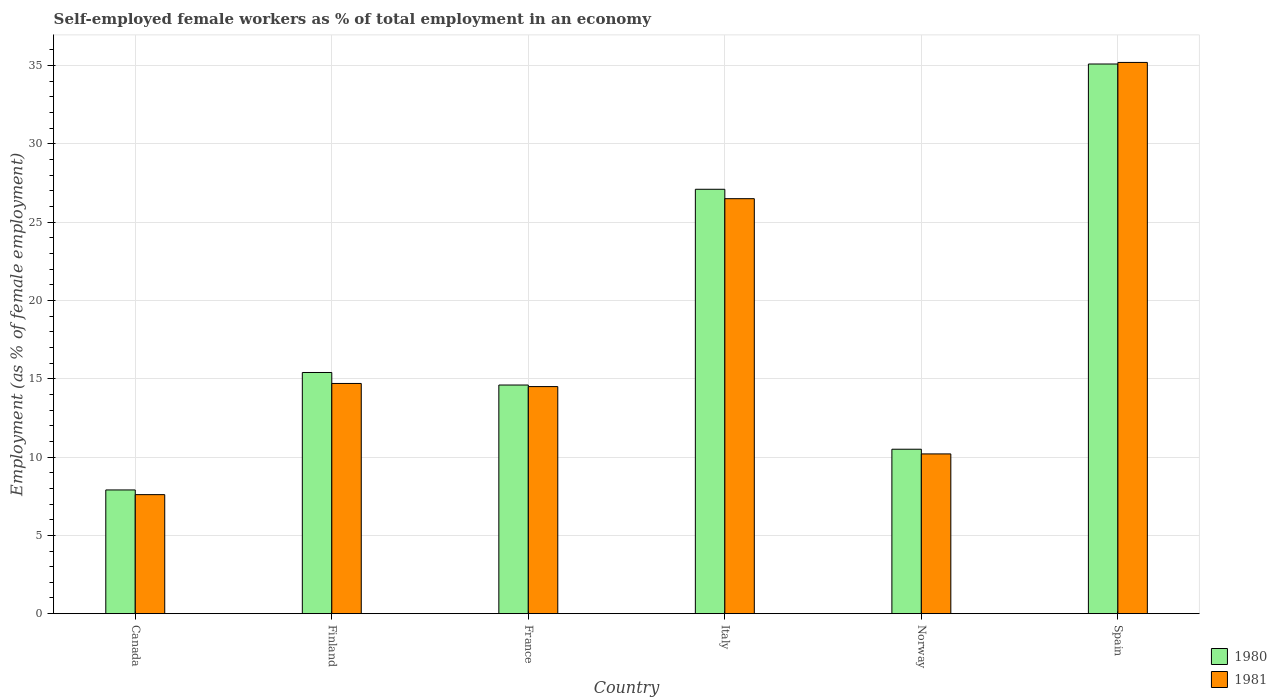
| Country | 1980 | 1981 |
 | --- | --- | --- |
 | Canada | 7.9 | 7.6 |
 | Finland | 15.4 | 14.7 |
 | France | 14.6 | 14.5 |
 | Italy | 27.1 | 26.5 |
 | Norway | 10.5 | 10.2 |
 | Spain | 35.1 | 35.2 |